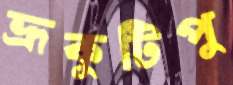
ভ্রূকুটিপু